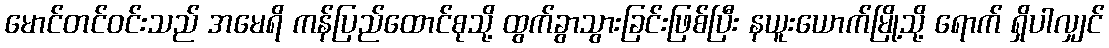
မောင်တင်ဝင်းသည် အမေရိ ကန်ပြည်ထောင်စုသို့ ထွက်ခွာသွားခြင်းဖြစ်ပြီး နယူးယောက်မြို့သို့ ရောက် ရှိပါလျှင်